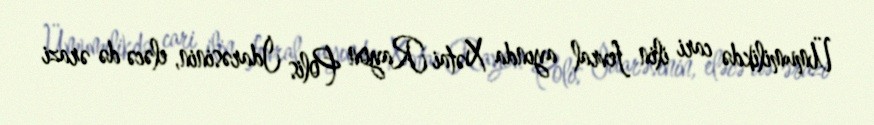
Ümumilikdə cari ilin fevral ayında Xətai Rayon Polis İdarəsinin, eləcə də ərazi